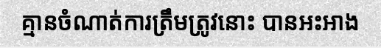
គ្មានចំណាត់ការត្រឹមត្រូវនោះ បានអះអាង